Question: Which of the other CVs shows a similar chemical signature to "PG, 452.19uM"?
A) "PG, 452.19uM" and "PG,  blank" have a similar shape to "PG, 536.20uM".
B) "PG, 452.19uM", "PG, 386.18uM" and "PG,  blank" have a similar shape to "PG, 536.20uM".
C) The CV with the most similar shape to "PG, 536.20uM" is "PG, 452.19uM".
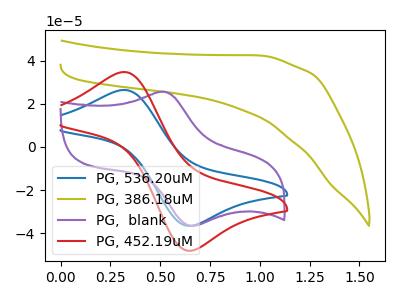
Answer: <think>The blue curve "PG, 536.20uM" has an anodic peak at (0.30V, 26.40uA) and a cathodic peak at (0.65V, -36.55uA). The olive curve "PG, 386.18uM" has no peaks. The purple curve "PG,  blank" has an anodic peak at (0.50V, 25.65uA) and a cathodic peak at (0.65V, -36.60uA). The red curve "PG, 452.19uM" has an anodic peak at (0.30V, 34.70uA) and a cathodic peak at (0.65V, -48.10uA).
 "PG, 536.20uM" and "PG, 386.18uM" have a different number of peaks. "PG, 536.20uM" and "PG,  blank" have at least one peak that do not match. All the peaks in "PG, 536.20uM" have a peak in "PG, 452.19uM" at the same potential. Every peak in "PG, 536.20uM" is lower than every peak in "PG, 452.19uM". "PG, 386.18uM" and "PG,  blank" have a different number of peaks. "PG, 386.18uM" and "PG, 452.19uM" have a different number of peaks. "PG,  blank" and "PG, 452.19uM" have at least one peak that do not match.</think>
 <answer>C) The CV with the most similar shape to "PG, 536.20uM" is "PG, 452.19uM".</answer>
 <eval>C</eval>